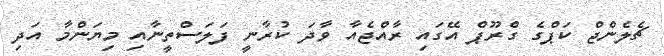
ޗެލެންޖް ކަޕްގެ ގްރޫޕް އޭގައި ރާއްޖެއާ ވާދަ ކުރާނީ ފަލަސްތީނާއި މިޔަންމާ އަދި